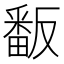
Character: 𭻫